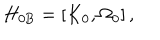
LaTeX: H _ { 0 \mathrm { B } } = \left[ K _ { 0 } , \Omega _ { 0 } \right] ,